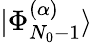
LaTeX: |\Phi_{N_{0}-1}^{(\alpha)}\rangle